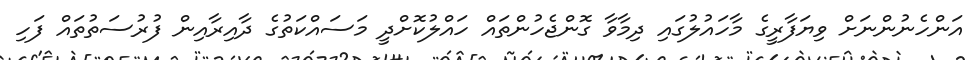
އަންހެނުންނަށް ވިޔަފާރީގެ މާހައުލުގައި ދިމާވާ ގޮންޖެހުންތައް ހައްލުކޮށްދީ މަސައްކަތުގެ ދާއިރާއިން ފުރުސަތުތައް ފަހި